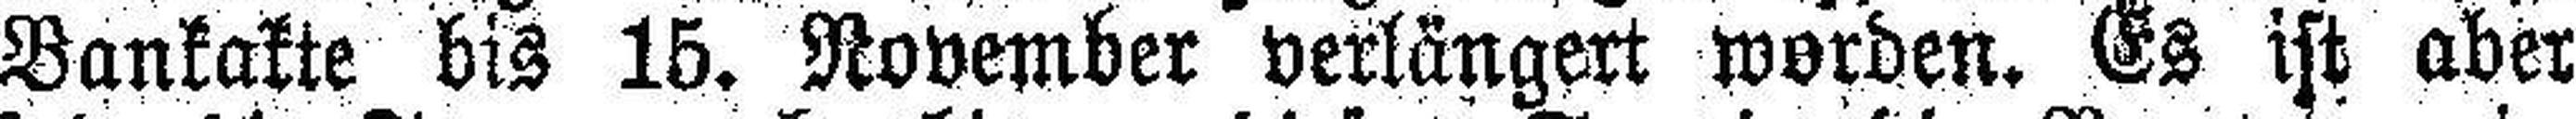
Bankakte bis 15. November verlängert worden. Es ist aber